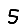
Digit: 5